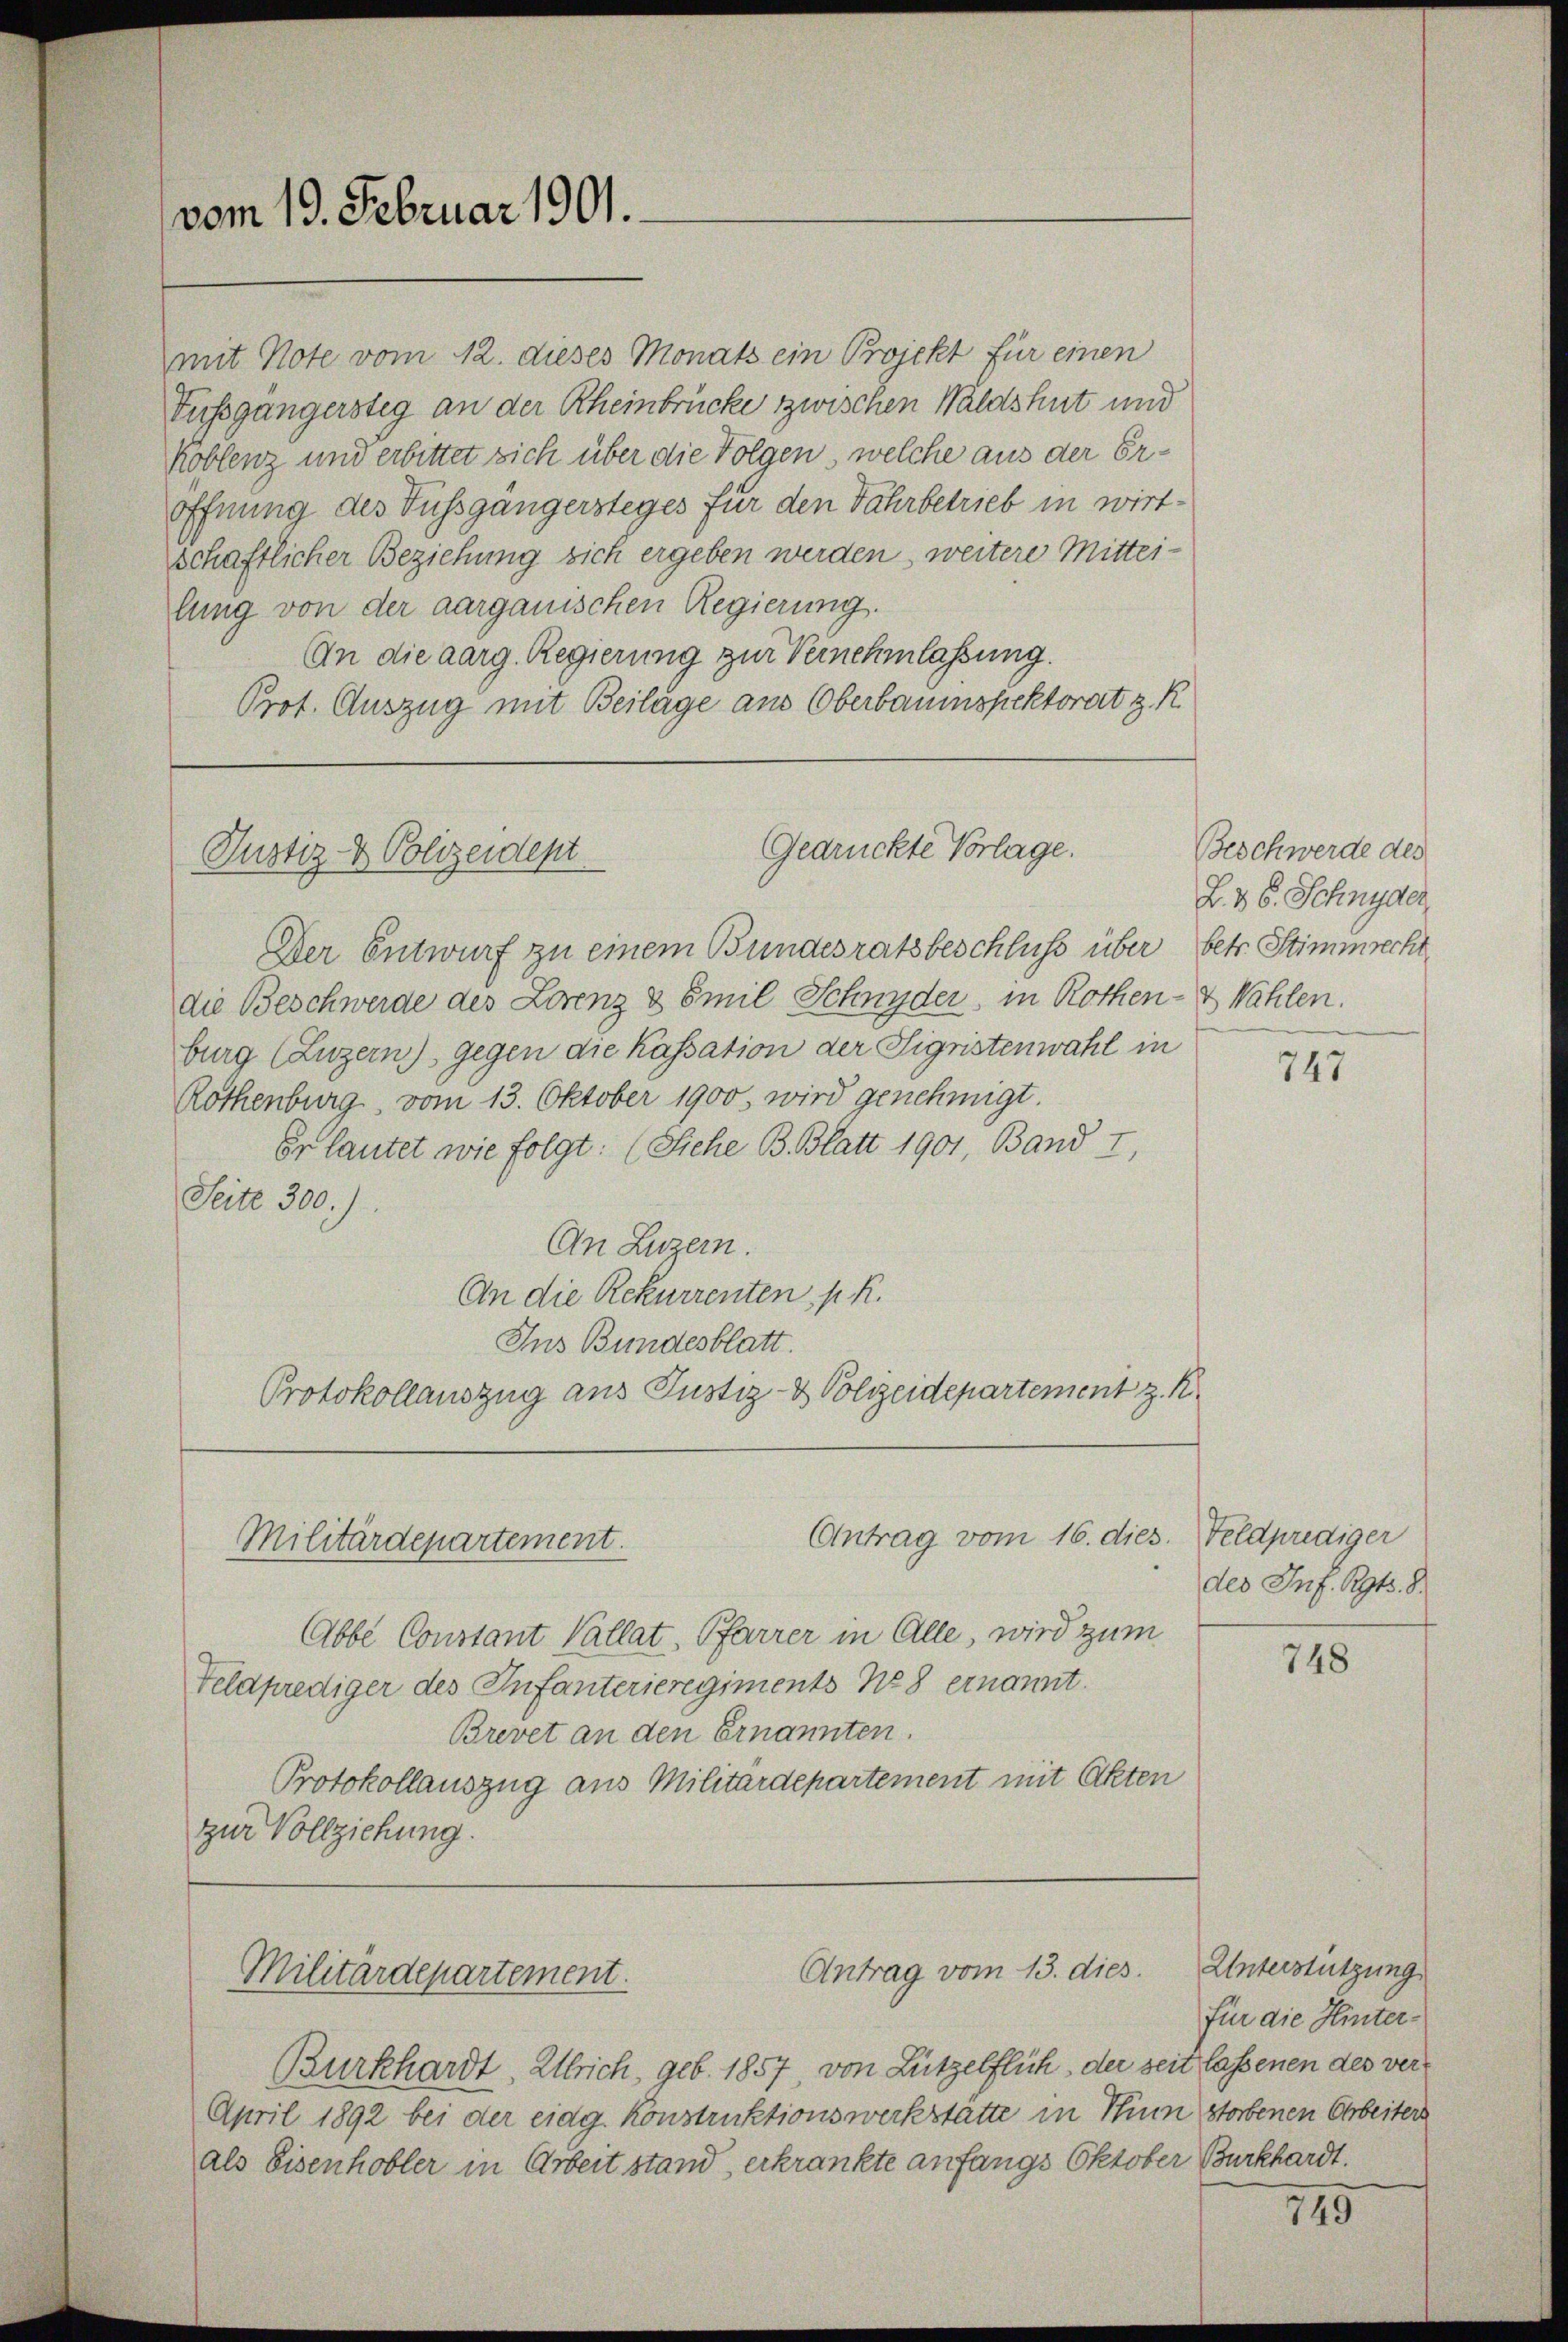
vom 19. Februar 1901.

mit Note vom 12. dieses Monats ein Projekt für einen
Tussgängersteg an der Rheinbrücke zwischen Waldshut und
Koblenz und erbittet sich über die Folgen, welche aus der Eröffnung des Fussgängersteges für den Fahrbetrieb in wirt-
schaftlicher Beziehung sich ergeben werden, weitere Mittei-
lung von der aargauischen Regierung.
An die aarg. Regierung zur Vernehmlassung.
Prof. Auszug mit Beilage aus Oberbauinspektorat z. R.

Gedrückte Vorlage.
Justiz- & Polizeident

Der Entwurf zu einem Bundesrathsbeschluss über betr. Stimmrecht
die Beschwerde des Lorenz & Emil Schnyder, in Rothen- & Wahlen.
burg (Luzern), gegen die Kassation der Sigristenwahl in
Rothenburg, vom 13. Oktober 1900. wird genehmigt.
Er lautet wie folgt: (Siehe B. Blatt 1901, Band I,
Seite 300.)
An Luzern.
An die Rekurrenten p. R.
Ins Bundesblatt.
Protokollauszug aus Justiz- & Polizeidepartement z. K.

Antrag vom 16. dies.
Militärdepartement.

Militärdepartement.

Burkhardt. Ulrich, geb. 1857, von Lützelflich, der seit lassenen des ver¬
April 1892 bei der eidg. Konstruktionswerkstätte in Him storbenen Arbeiters
als Eisenhobler in Arbeit stand, erkrankte anfangs Oktober Burkhardt.

Antrag vom 13. dies.

Abbe Constant Vallat, Pfarrer in Alle, wird zum
Feldprediger des Infanterieregiments No 8 ernannt.
Brevet an den Ernannten.
Protokollauszug aus Militärdepartement mit Akten
zur Vollziehung.

Beschwerde des
L. V S. Schnyder

747

Feldprediger
des Inf. Rgts. 8.

748

Unterstützung
für die Hinter¬

745